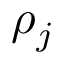
\rho _ { j }